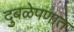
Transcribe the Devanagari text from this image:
दुबळेपणात